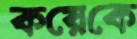
কয়েকে